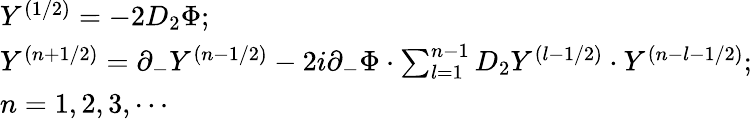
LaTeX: \begin{array}{l}{{Y^{(1/2)}=-2D_{2}\Phi;}}\\ {{Y^{(n+1/2)}=\partial_{-}Y^{(n-1/2)}-2i\partial_{-}\Phi\cdot\sum_{l=1}^{n-1}D_{2}Y^{(l-1/2)}\cdot Y^{(n-l-1/2)};}}\\ {{n=1,2,3,\cdots}}\end{array}